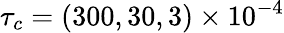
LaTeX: \tau_{c}=(300,30,3)\times 10^{-4}